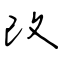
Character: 改